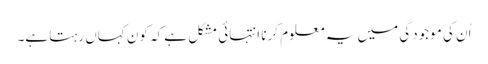
اُن کی موجودگی میں یہ معلوم کرنا انتہائی مشکل ہے کہ کون کہاں رہتا ہے۔